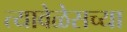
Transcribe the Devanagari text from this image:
त्यावेळेसच्या